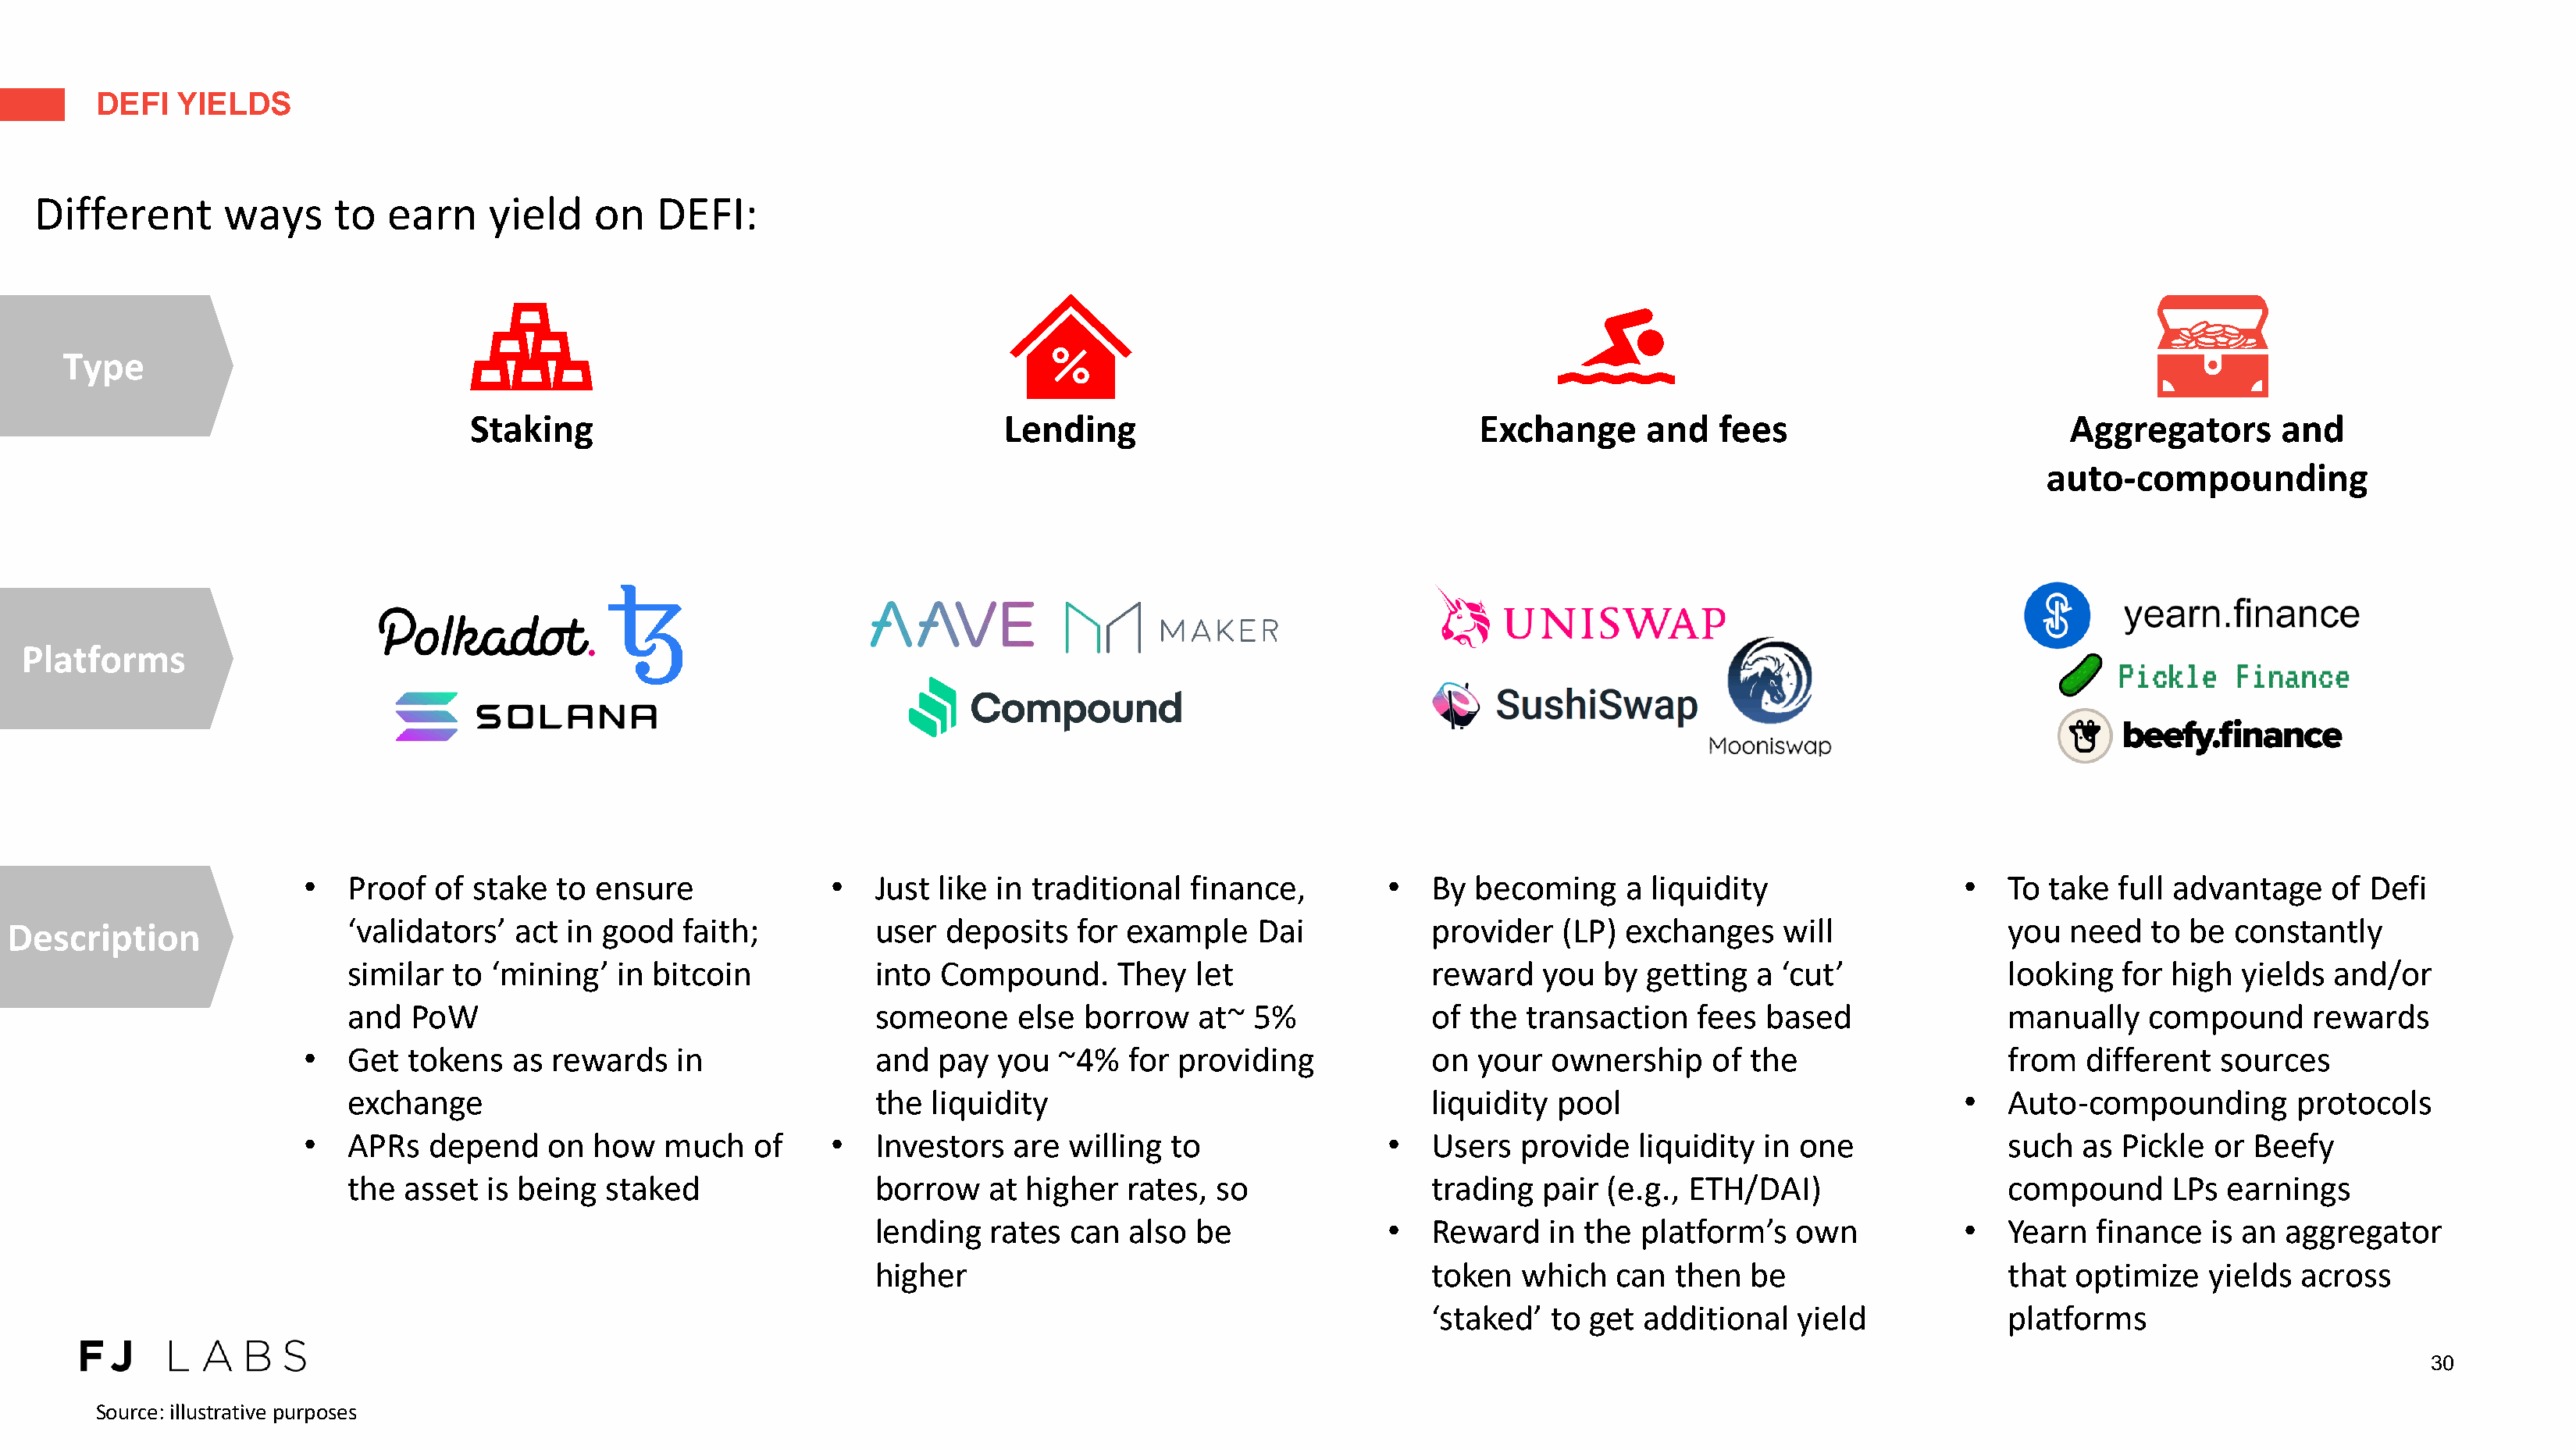
DEFI   YIELDS
 Different       ways     to   earn    yield    on    DEFI:
 Type
 Staking                                      Lending                                 Exchange       and   fees                         Aggregators       and
 auto-compounding
 Platforms
 •  Proof   of stake  to ensure              •   Just  like in traditional  finance,         •  By  becoming     a liquidity                 •   To  take  full advantage    of Defi
 Description                 ‘validators’   act in good   faith;          user  deposits   for example     Dai           provider   (LP)  exchanges    will               you  need   to  be constantly
 similar  to  ‘mining’  in bitcoin            into  Compound.      They  let                 reward    you  by  getting  a ‘cut’              looking   for high  yields  and/or
 and   PoW                                    someone     else  borrow    at~ 5%             of  the transaction    fees  based               manually    compound      rewards
 •  Get   tokens  as  rewards   in               and  pay   you  ~4%   for providing            on  your  ownership     of the                   from   different  sources
 exchange                                     the  liquidity                                 liquidity  pool                              •   Auto-compounding         protocols
 •  APRs   depend    on  how   much    of    •   Investors   are  willing to                 •  Users   provide   liquidity  in one              such   as Pickle  or Beefy
 the  asset  is being  staked                 borrow    at higher   rates, so                trading   pair (e.g., ETH/DAI)                   compound      LPs  earnings
 lending   rates  can  also be               •  Reward    in the  platform’s   own           •   Yearn   finance  is an  aggregator
 higher                                         token   which   can  then  be                    that  optimize   yields  across
 ‘staked’  to  get additional   yield             platforms
 30
 Source: illustrative purposes